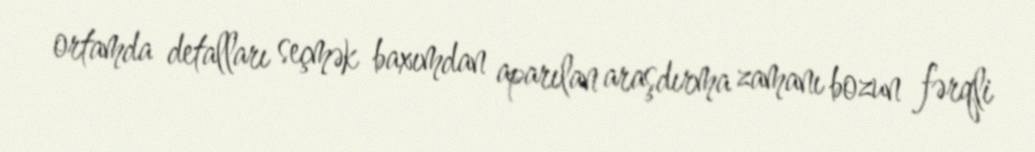
ortamda detalları seçmək baxımdan aparılan araşdırma zamanı bozun fərqli